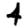
Digit: 4